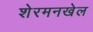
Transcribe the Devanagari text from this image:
शेरमनखेल